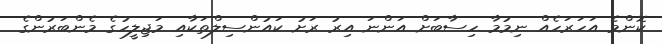
ކޮންމެ އަހަރަހެއް ނިމުމާ ހިސާބަށް އަންނަ އިރު ރަށު ކައުންސިލްތަކާއި މަޖިލީހުގެ މެންބަރުންގެ